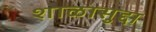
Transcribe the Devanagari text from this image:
शाळासुद्दा